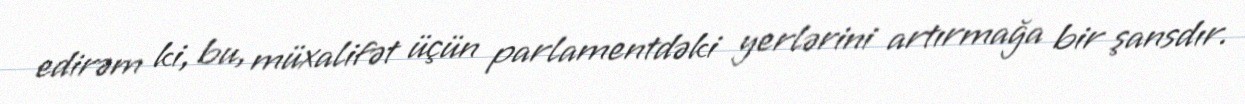
edirəm ki, bu, müxalifət üçün parlamentdəki yerlərini artırmağa bir şansdır.